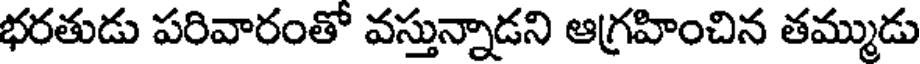
భరతుడు పరివారంతో వస్తున్నాడని ఆగ్రహించిన తమ్ముడు